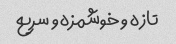
تازه و خوشمزه و سریع